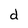
Character: d